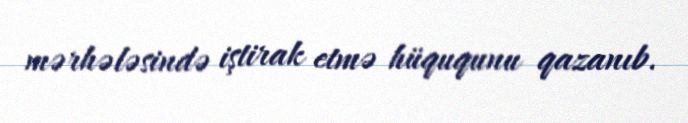
mərhələsində iştirak etmə hüququnu qazanıb.